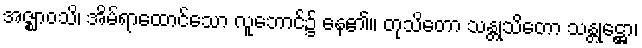
အဇ္ဈာဝသိ၊ အိမ်ရာထောင်သော လူဘောင်၌ နေ၏။ တုသိတော သန္တုသိတော သန္တုဋ္ဌော၊